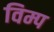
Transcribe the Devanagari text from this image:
विम्प